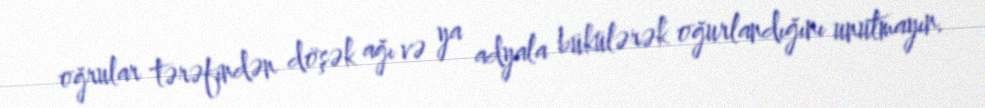
oğrular tərəfindən döşək ağı və ya adyala bükülərək oğurlandığını unutmayın.